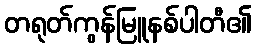
တရုတ်ကွန်မြူနစ်ပါတီ၏